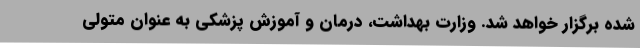
شده برگزار خواهد شد. وزارت بهداشت، درمان و آموزش پزشکی به عنوان متولی